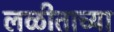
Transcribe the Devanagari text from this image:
लळीताच्या